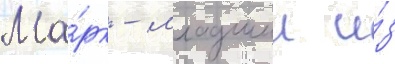
Ма́рк - младшии и́з